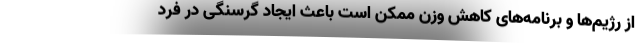
از رژیم‌ها و برنامه‌های کاهش وزن ممکن است باعث ایجاد گرسنگی در فرد